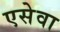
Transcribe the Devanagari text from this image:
एसेवा